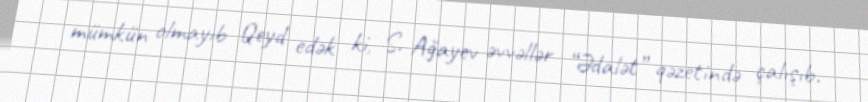
mümkün olmayıb Qeyd edək ki, S. Ağayev əvvəllər “Ədalət” qəzetində çalışıb.